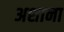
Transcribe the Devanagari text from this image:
अशाना